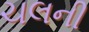
ચલની